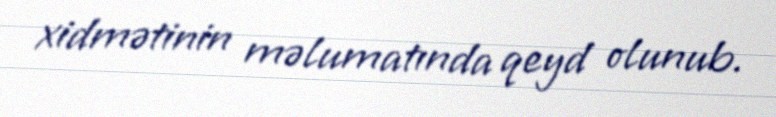
xidmətinin məlumatında qeyd olunub.